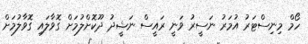
ހޯމް މިނިސްޓަރު އުމަރު ނަސީރު ވަނީ ރައީސް ނަޝީދު ދޫކޮށްލުމަށް ގޮވާލައި ގޮވާލުމަށް